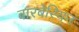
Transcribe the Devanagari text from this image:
बारबेरियन